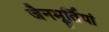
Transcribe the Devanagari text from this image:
जैनमूर्तियां